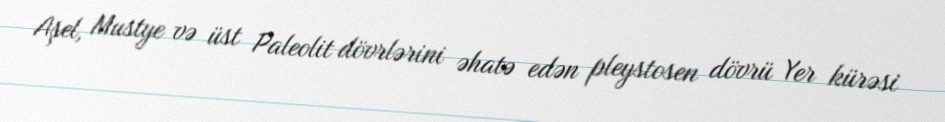
Aşel, Mustye və üst Paleolit dövrlərini əhatə edən pleystosen dövrü Yer kürəsi